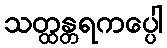
သတ္ထန္တရကပ္ပေါ